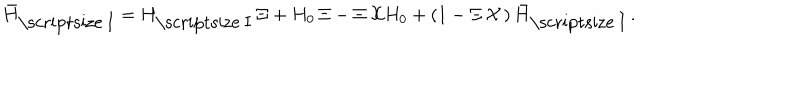
LaTeX: { \bar { H } } _ { \mathrm { \scriptsize ~ I } } = H _ { \mathrm { \scriptsize ~ I } } \, \Xi + H _ { 0 } \, { \Xi } - \Xi \, { \cal X } H _ { 0 } + \left( 1 - \Xi \, { \cal X } \, \right) { \bar { H } } _ { \mathrm { \scriptsize ~ I } } \, .